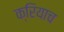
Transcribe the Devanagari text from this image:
क्रियाच